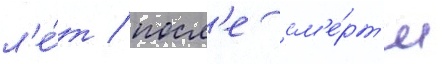
л'е́т / посл'е см'е́рт'и